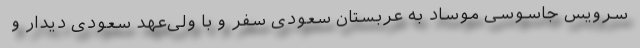
سرویس جاسوسی موساد به عربستان سعودی سفر و با ولی‌عهد سعودی دیدار و